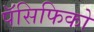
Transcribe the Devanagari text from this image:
पॅसिफिको